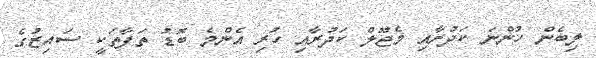
ލިބެން ހުންނަ ކަދުރާއި މެޖޫލް ކަދުރާއި ހުރި އެންމެ ބޮޑު ތަފާތަކީ ސައިޒުގެ